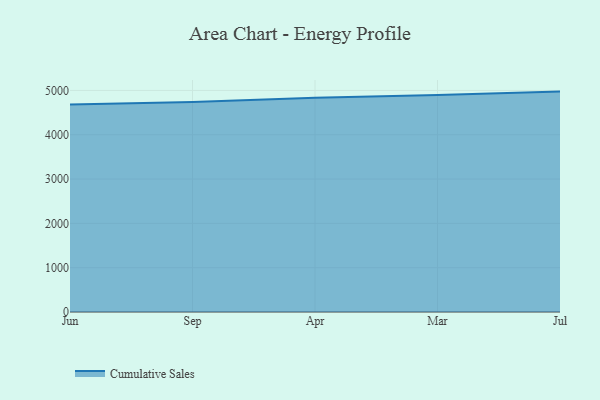
{"axis": {"x": "Month", "y": "Operating Costs (USD K)"}, "legend": ["Cumulative Sales"], "data": [{"x": "Jun", "y": 4685.0, "type": "Cumulative Sales"}, {"x": "Sep", "y": 4741.1, "type": "Cumulative Sales"}, {"x": "Apr", "y": 4834.9, "type": "Cumulative Sales"}, {"x": "Mar", "y": 4894.9, "type": "Cumulative Sales"}, {"x": "Jul", "y": 4973.5, "type": "Cumulative Sales"}]}